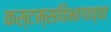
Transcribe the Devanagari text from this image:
कस्टम्सविभागाच्या